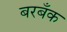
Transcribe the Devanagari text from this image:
बरबँक